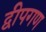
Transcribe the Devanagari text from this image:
द्वीपगण